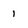
Character: 1